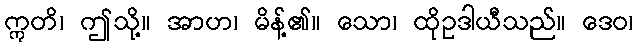
ဣတိ၊ ဤသို့။ အာဟ၊ မိန့်၏။ သော၊ ထိုဥဒါယီသည်။ ဒေဝ၊